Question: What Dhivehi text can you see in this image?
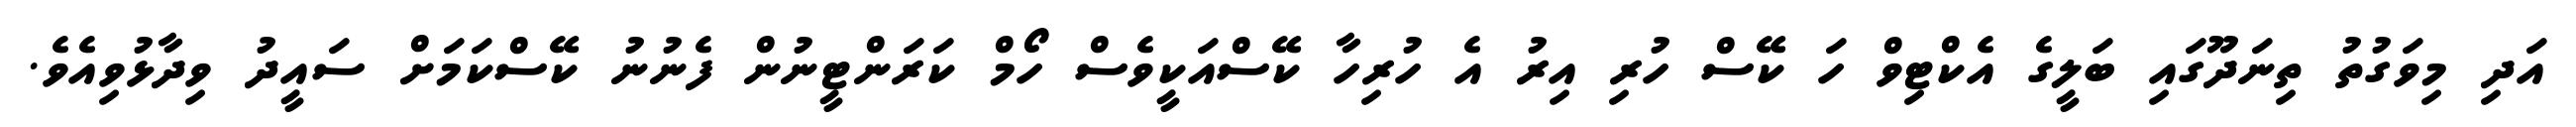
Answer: އަދި މިވަގުތު ތިނަދޫގައި ބަލީގެ އެކްޓިވް ހަ ކޭސް ހުރި އިރު އެ ހުރިހާ ކޭސްއަކީވެސް ހޯމް ކަރަންޓީނުން ފެނުނު ކޭސްކަމަށް ސައީދު ވިދާޅުވިއެވެ.